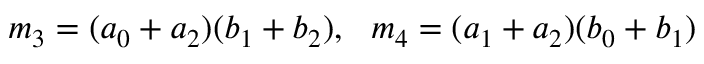
m _ { 3 } = ( a _ { 0 } + a _ { 2 } ) ( b _ { 1 } + b _ { 2 } ) , \ \ m _ { 4 } = ( a _ { 1 } + a _ { 2 } ) ( b _ { 0 } + b _ { 1 } )